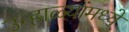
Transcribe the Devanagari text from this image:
उन्हाळ्यांमध्ये